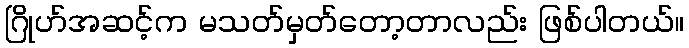
ဂြိုဟ်အဆင့်က မသတ်မှတ်တော့တာလည်း ဖြစ်ပါတယ်။